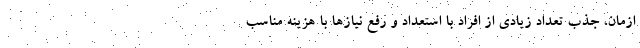
ازمان، جذب تعداد زیادی از افراد با استعداد و رفع نیازها با هزینه مناسب